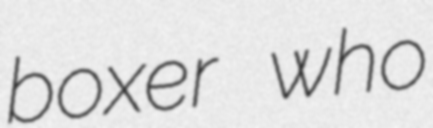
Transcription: boxer who